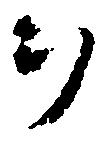
ヲ